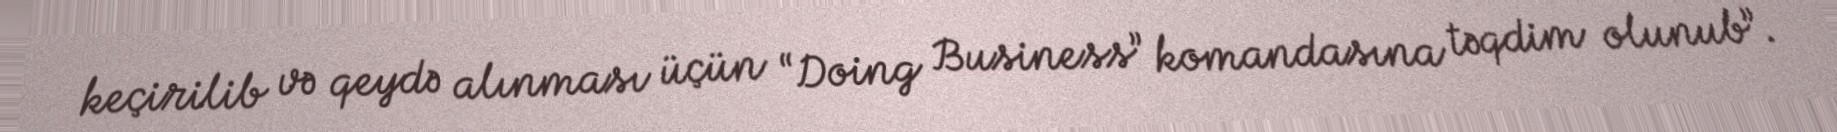
keçirilib və qeydə alınması üçün “Doing Business” komandasına təqdim olunub”.